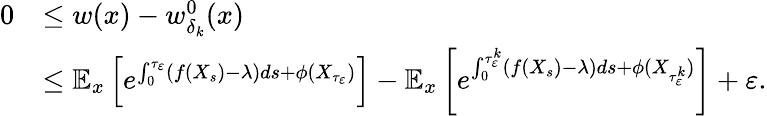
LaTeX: \begin{array}{rl}{0}&{\leq w(x)-w_{\delta_{k}}^{0}(x)}\\ &{\leq\mathbb{E}_{x}\left[e^{\int_{0}^{\tau_{\varepsilon}}(f(X_{s})-\lambda)ds+\phi(X_{\tau_{\varepsilon}})}\right]-\mathbb{E}_{x}\left[e^{\int_{0}^{\tau_{\varepsilon}^{k}}(f(X_{s})-\lambda)ds+\phi(X_{\tau_{\varepsilon}^{k}})}\right]+\varepsilon.}\end{array}